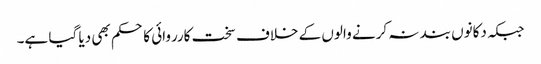
جبکہ دکانوں بند نہ کرنے والوں کے خلاف سخت کارروائی کا حکم بھی دیا گیا ہے۔